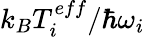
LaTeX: k_{B}T_{i}^{eff}/\hbar\omega_{i}